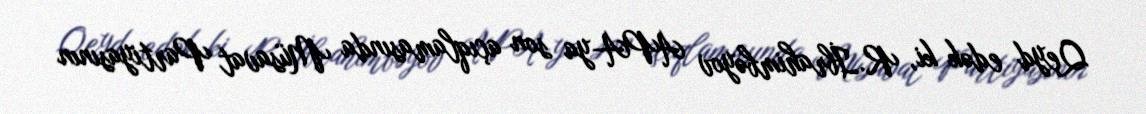
Qeyd edək ki, R.İbrahimbəyov APA-ya son açıqlamasında Müsavat Partiyasının